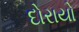
દોરાયો